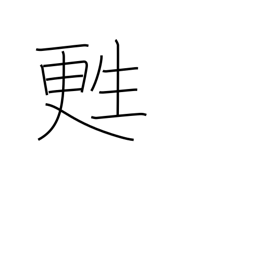
Meaning: be resuscitated